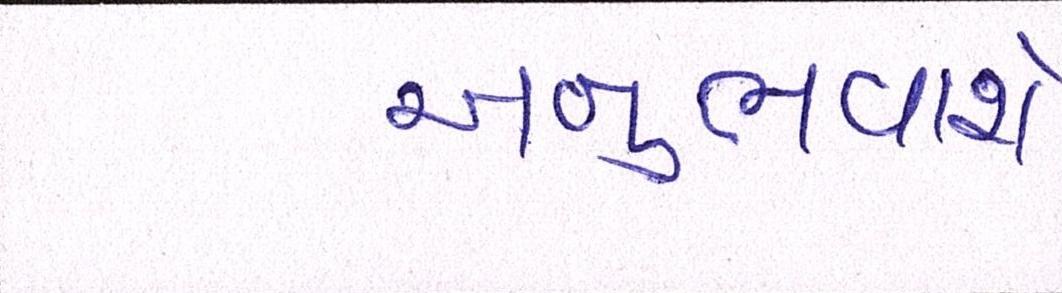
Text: અનુભવાશે